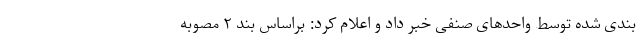
بندی شده توسط واحدهای صنفی خبر داد و اعلام کرد:‌ براساس بند ۲ مصوبه